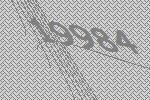
19984